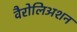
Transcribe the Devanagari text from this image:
वैरोलिअशन